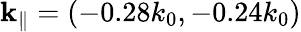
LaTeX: {\mathbf k}_{\parallel}=(-0.28k_{0},-0.24k_{0})